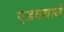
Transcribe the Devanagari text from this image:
एडक्याने